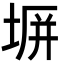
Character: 𭎪